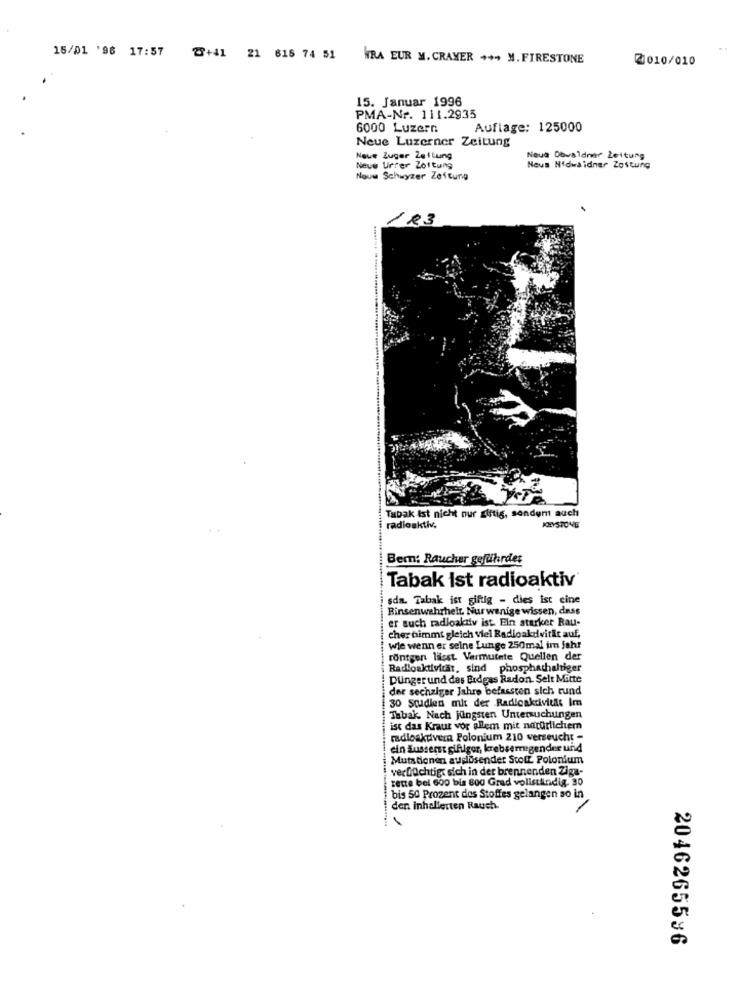
15/01 '96 17:57
2+41 21 618 74 51
WRA EUR M. CRAYER +++ M. FIRESTONE
2010/010
15. Januar 1996
PMA-Nr. 111.2935
6000 Luzern
Auflage: 125000
Neue Luzerner Zeitung
Neue Zuger Zeitung
Neus Dbwaldner Zeitung
Neue Urfer Zottung
Nous Nidwaidner Zeitung
Nouw Schwyzer Zeitung
123
Tabak Ist nicht nur giftig, sondem auch
radioaktiv,
KEYSTONE
Bem: Raucher gefährdet
Tabak Ist radioaktiv
sda. Tabak ist giftig - dies ist eine
Binsenwahrheit Nurwenige wissen, dass
er such radioaktiv ist. Ein starker Rau-
cher nimmt gleich viel Radioaktivität auf,
wie wenn er seine Lunge 250mal im Jahr
rontgen lässt. Vermutete Quellen der
Radioaktivität, sind phosphathaltiger
Dünger und das Erdgas Radon. Selt Mitte
der sechziger Jahre befassten sich rund
30 Studien mit der Radioaktivitis Im
Tabak Nach jüngsten Untersuchungen
ist das Kraut vor allem mit natürlichem
radioaktiver Polonium 210 verseucht -
ein äusserst giftiger, krebserregender und
Mutationen auslösender Stolt Polonium
verflüchtigt sich in der brennenden Ziga-
cette bel 600 bis 800 Grad vollständig. 30
bis 50 Prozent des Stoffes gelangen so in
den inhalierten Rauch.
2046265596